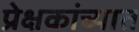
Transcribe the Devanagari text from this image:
प्रेक्षकांच्यात